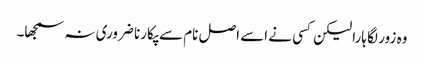
وہ زور لگا ہارا لیکن کسی نے اسے اصل نام سے پکارنا ضروری نہ سمجھا۔